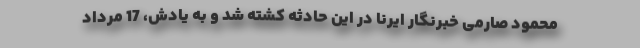
محمود صارمی خبرنگار ایرنا در این حادثه کشته شد و به یادش، 17 مرداد